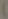
)